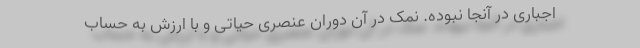
اجباری در آنجا نبوده. نمک در آن دوران عنصری حیاتی و با ارزش به حساب